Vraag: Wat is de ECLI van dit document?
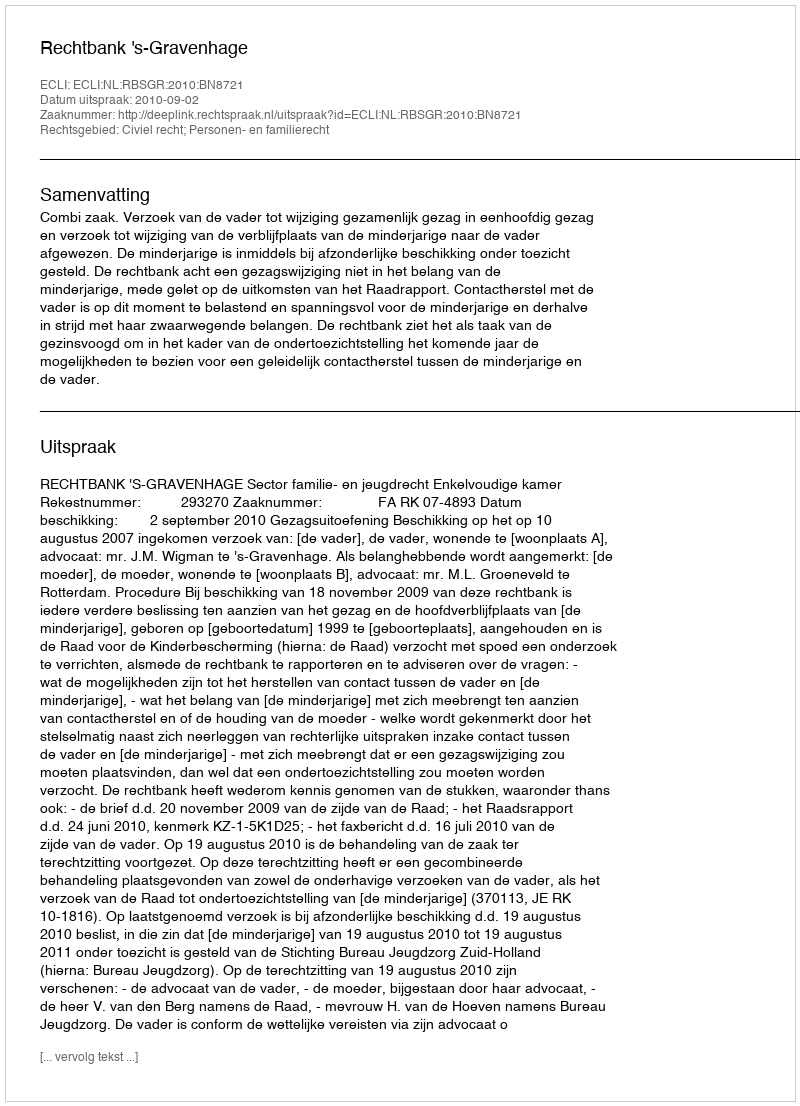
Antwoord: ECLI:NL:RBSGR:2010:BN8721